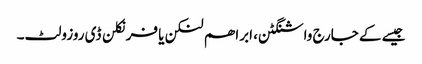
جیسے کے جارج واشنگٹن، ابراھم لنکن یا فرنکلن ڈی روزولٹ۔